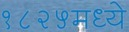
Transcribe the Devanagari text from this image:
१८२५मध्ये